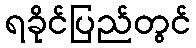
ရခိုင်ပြည်တွင်